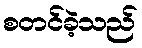
စတင်ခဲ့သည်